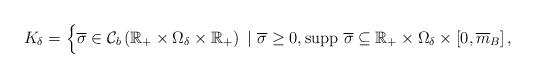
LaTeX: \begin{align*}K_\delta =\Big\{ \overline \sigma \in \mathcal{C}_b\left({\mathbb{R}_+ \times \Omega _\delta \times \mathbb{R}_+}\right) \ | \ \overline \sigma \ge 0,\mbox{supp }\overline\sigma \subseteq \mathbb{R}_+ \times \Omega _\delta \times\left[ {0,\overline m _B } \right] ,\end{align*}